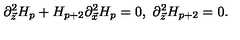
\partial _ { \vec { z } } ^ { 2 } H _ { p } + H _ { p + 2 } \partial _ { \vec { x } } ^ { 2 } H _ { p } = 0 , \ \partial _ { \vec { z } } ^ { 2 } H _ { p + 2 } = 0 .